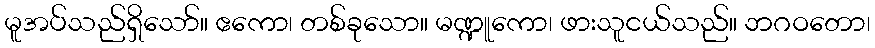
မူအပ်သည်ရှိသော်။ ဧကော၊ တစ်ခုသော။ မဏ္ဍူကော၊ ဖားသူငယ်သည်။ ဘဂဝတော၊